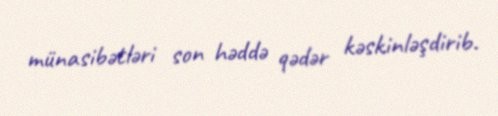
münasibətləri son həddə qədər kəskinləşdirib.